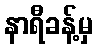
နာရီခန့်မှ